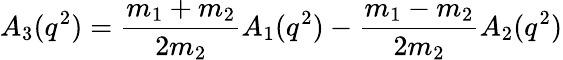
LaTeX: A_{3}(q^{2})=\frac{m_{1}+m_{2}}{2m_{2}}A_{1}(q^{2})-\frac{m_{1}-m_{2}}{2m_{2}}A_{2}(q^{2})